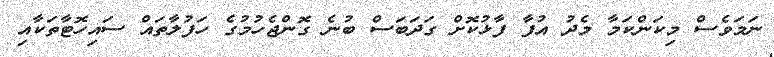
ނަމަވެސް މިކަންކަމާ މެދު އުފާ ފާޅުކޮށް ގަދަބަސް ބުނެ ގޮންޖެހުމުގެ ހަފުލާތައް ސައިހޮޓާތަކާއި